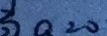
a = 0